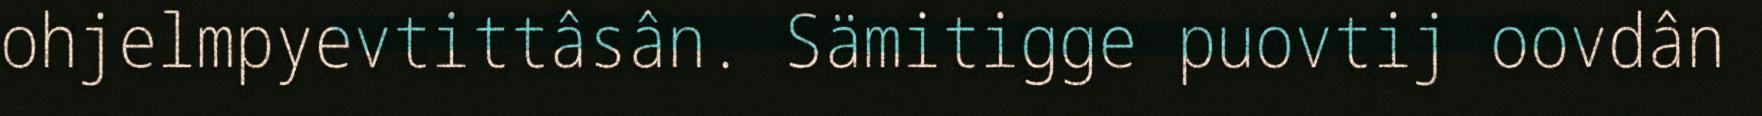
ohjelmpyevtittâsân. Sämitigge puovtij oovdân